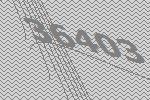
36403